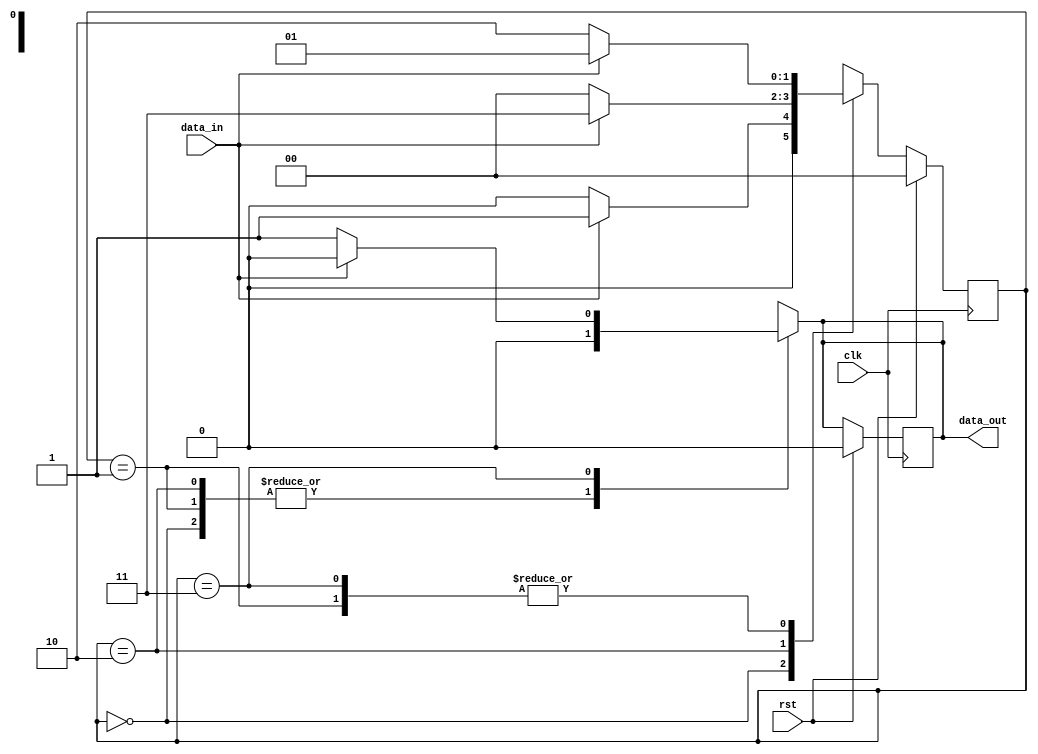
module seq_detector(clk, rst, data_in, data_out);
input clk;
input rst;
input data_in; 
output reg data_out;

parameter S0 = 0, S1=1, S2=2, S3=3;
reg [1:0]ns,ps;

always @(posedge clk)
    begin
        if (rst) begin
            ps<=S0;
            data_out = 1'b0; end
        else 
            ps<=ns;
            
    end
    
always @(*)
    begin
       case ( ps)
         S0 : ns = data_in ? S1:S0; 
         S1 : ns = data_in ? S1:S2;
         S2 : ns = data_in ? S3:S0;
         S3 : ns = data_in ? S1:S2;
         default : ns = S0;
       endcase
    end
    
always @(*)
    begin
      case ( ps)
          S0 : data_out = 1'b0;
          S1 : data_out = 1'b0;
          S2 : data_out = 1'b0;
          S3 : data_out = data_in ? 0 : 1 ;
          default : data_out =1'b0;
       endcase          
     end    
endmodule